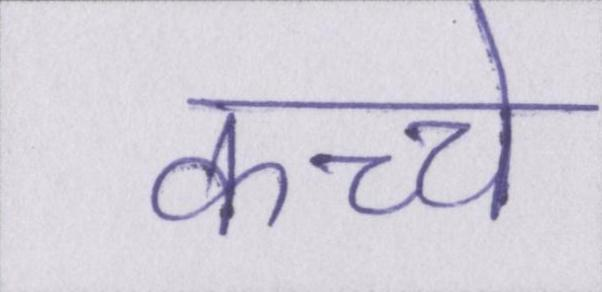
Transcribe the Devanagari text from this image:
कच्चे